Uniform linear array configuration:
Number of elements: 48
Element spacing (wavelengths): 0.25
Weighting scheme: kaiser
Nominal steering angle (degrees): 60
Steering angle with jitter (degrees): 61.613
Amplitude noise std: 0.05
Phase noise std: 0.05

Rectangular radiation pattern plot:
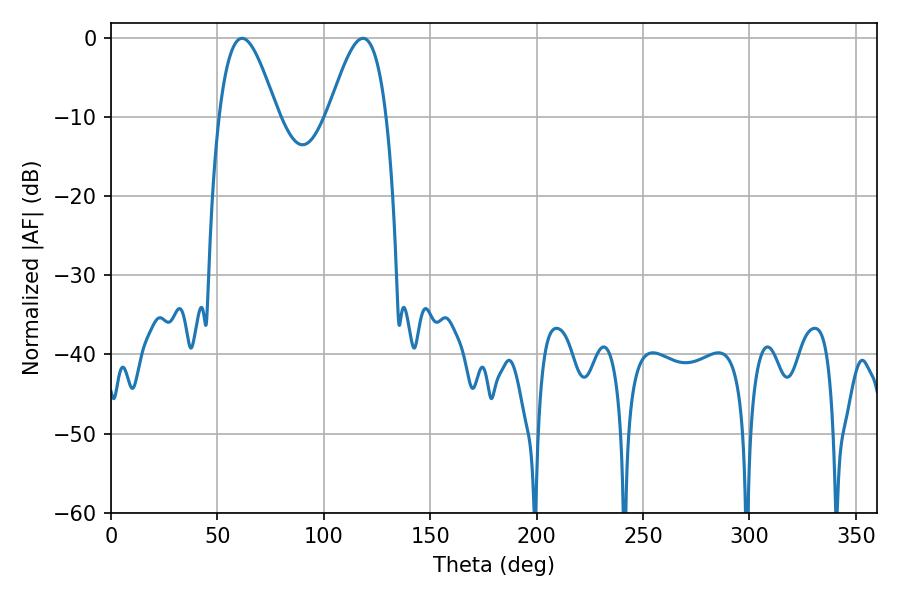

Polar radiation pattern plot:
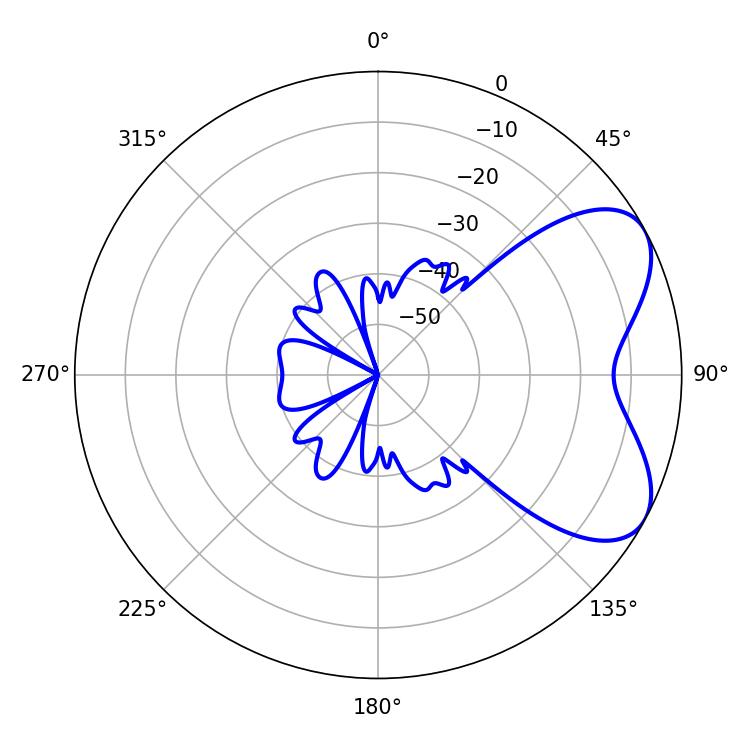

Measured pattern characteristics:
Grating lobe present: FALSE
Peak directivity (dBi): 5.907
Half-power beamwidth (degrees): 14.76
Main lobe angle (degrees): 61.56